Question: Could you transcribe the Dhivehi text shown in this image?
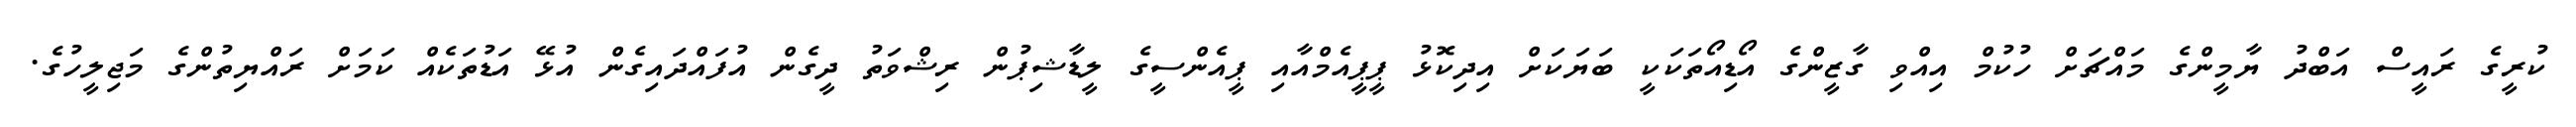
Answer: ކުރީގެ ރައީސް އަބްދު ޔާމީންގެ މައްޗަށް ހުކުމް އިއްވި ގާޒީންގެ އޯޑިއޯތަކަކީ ބަޔަކަށް އިދިކޮޅު ޕީޕީއެމްއާއި ޕީއެންސީގެ ލީޑާޝިޕުން ރިޝްވަތު ދީގެން އުފައްދައިގެން އުޅޭ އަޑުތަކެއް ކަމަށް ރައްޔިތުންގެ މަޖިލީހުގެ.